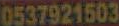
0537921503